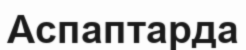
Аспаптарда